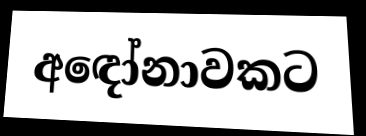
අඳෝනාවකට